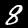
Digit: 8